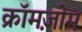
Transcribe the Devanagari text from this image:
क्रॉमज़ोम